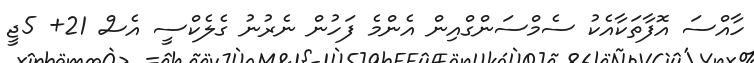
ހާއްސަ އޮފާތަކާއެކު ސެމްސަންގްއިން އެންމެ ފަހުން ނެރުނު ގެލެކްސީ އެސް 21+ 5ޖީ